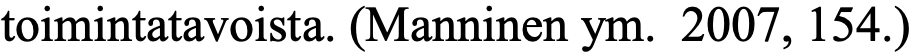
toimintatavoista. (Manninen ym. 2007, 154.)